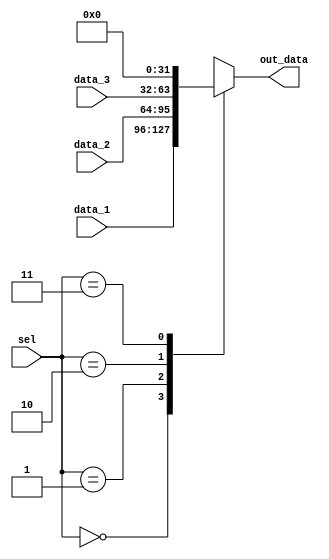
module MUX_3(
	input [31:0] data_1,
	input [31:0] data_2,
	input [31:0] data_3,
	input [1:0] sel,
	output [31:0] out_data
	);
	 
	 reg [31:0] out_data;
	 
	 always @*
	  case (sel)
		  0 : out_data <= data_1;
		  1 : out_data <= data_2;
		  2 : out_data <= data_3;
		  3 : out_data <= 0;
		  default : out_data = 0;
	  endcase


endmodule